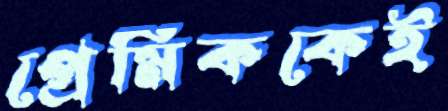
প্রেমিককেই